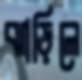
ঝাড়িলে